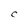
Character: C